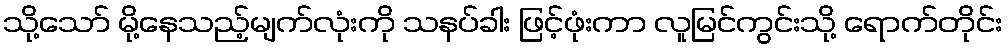
သို့သော် မို့နေသည့်မျက်လုံးကို သနပ်ခါး ဖြင့်ဖုံးကာ လူမြင်ကွင်းသို့ ရောက်တိုင်း